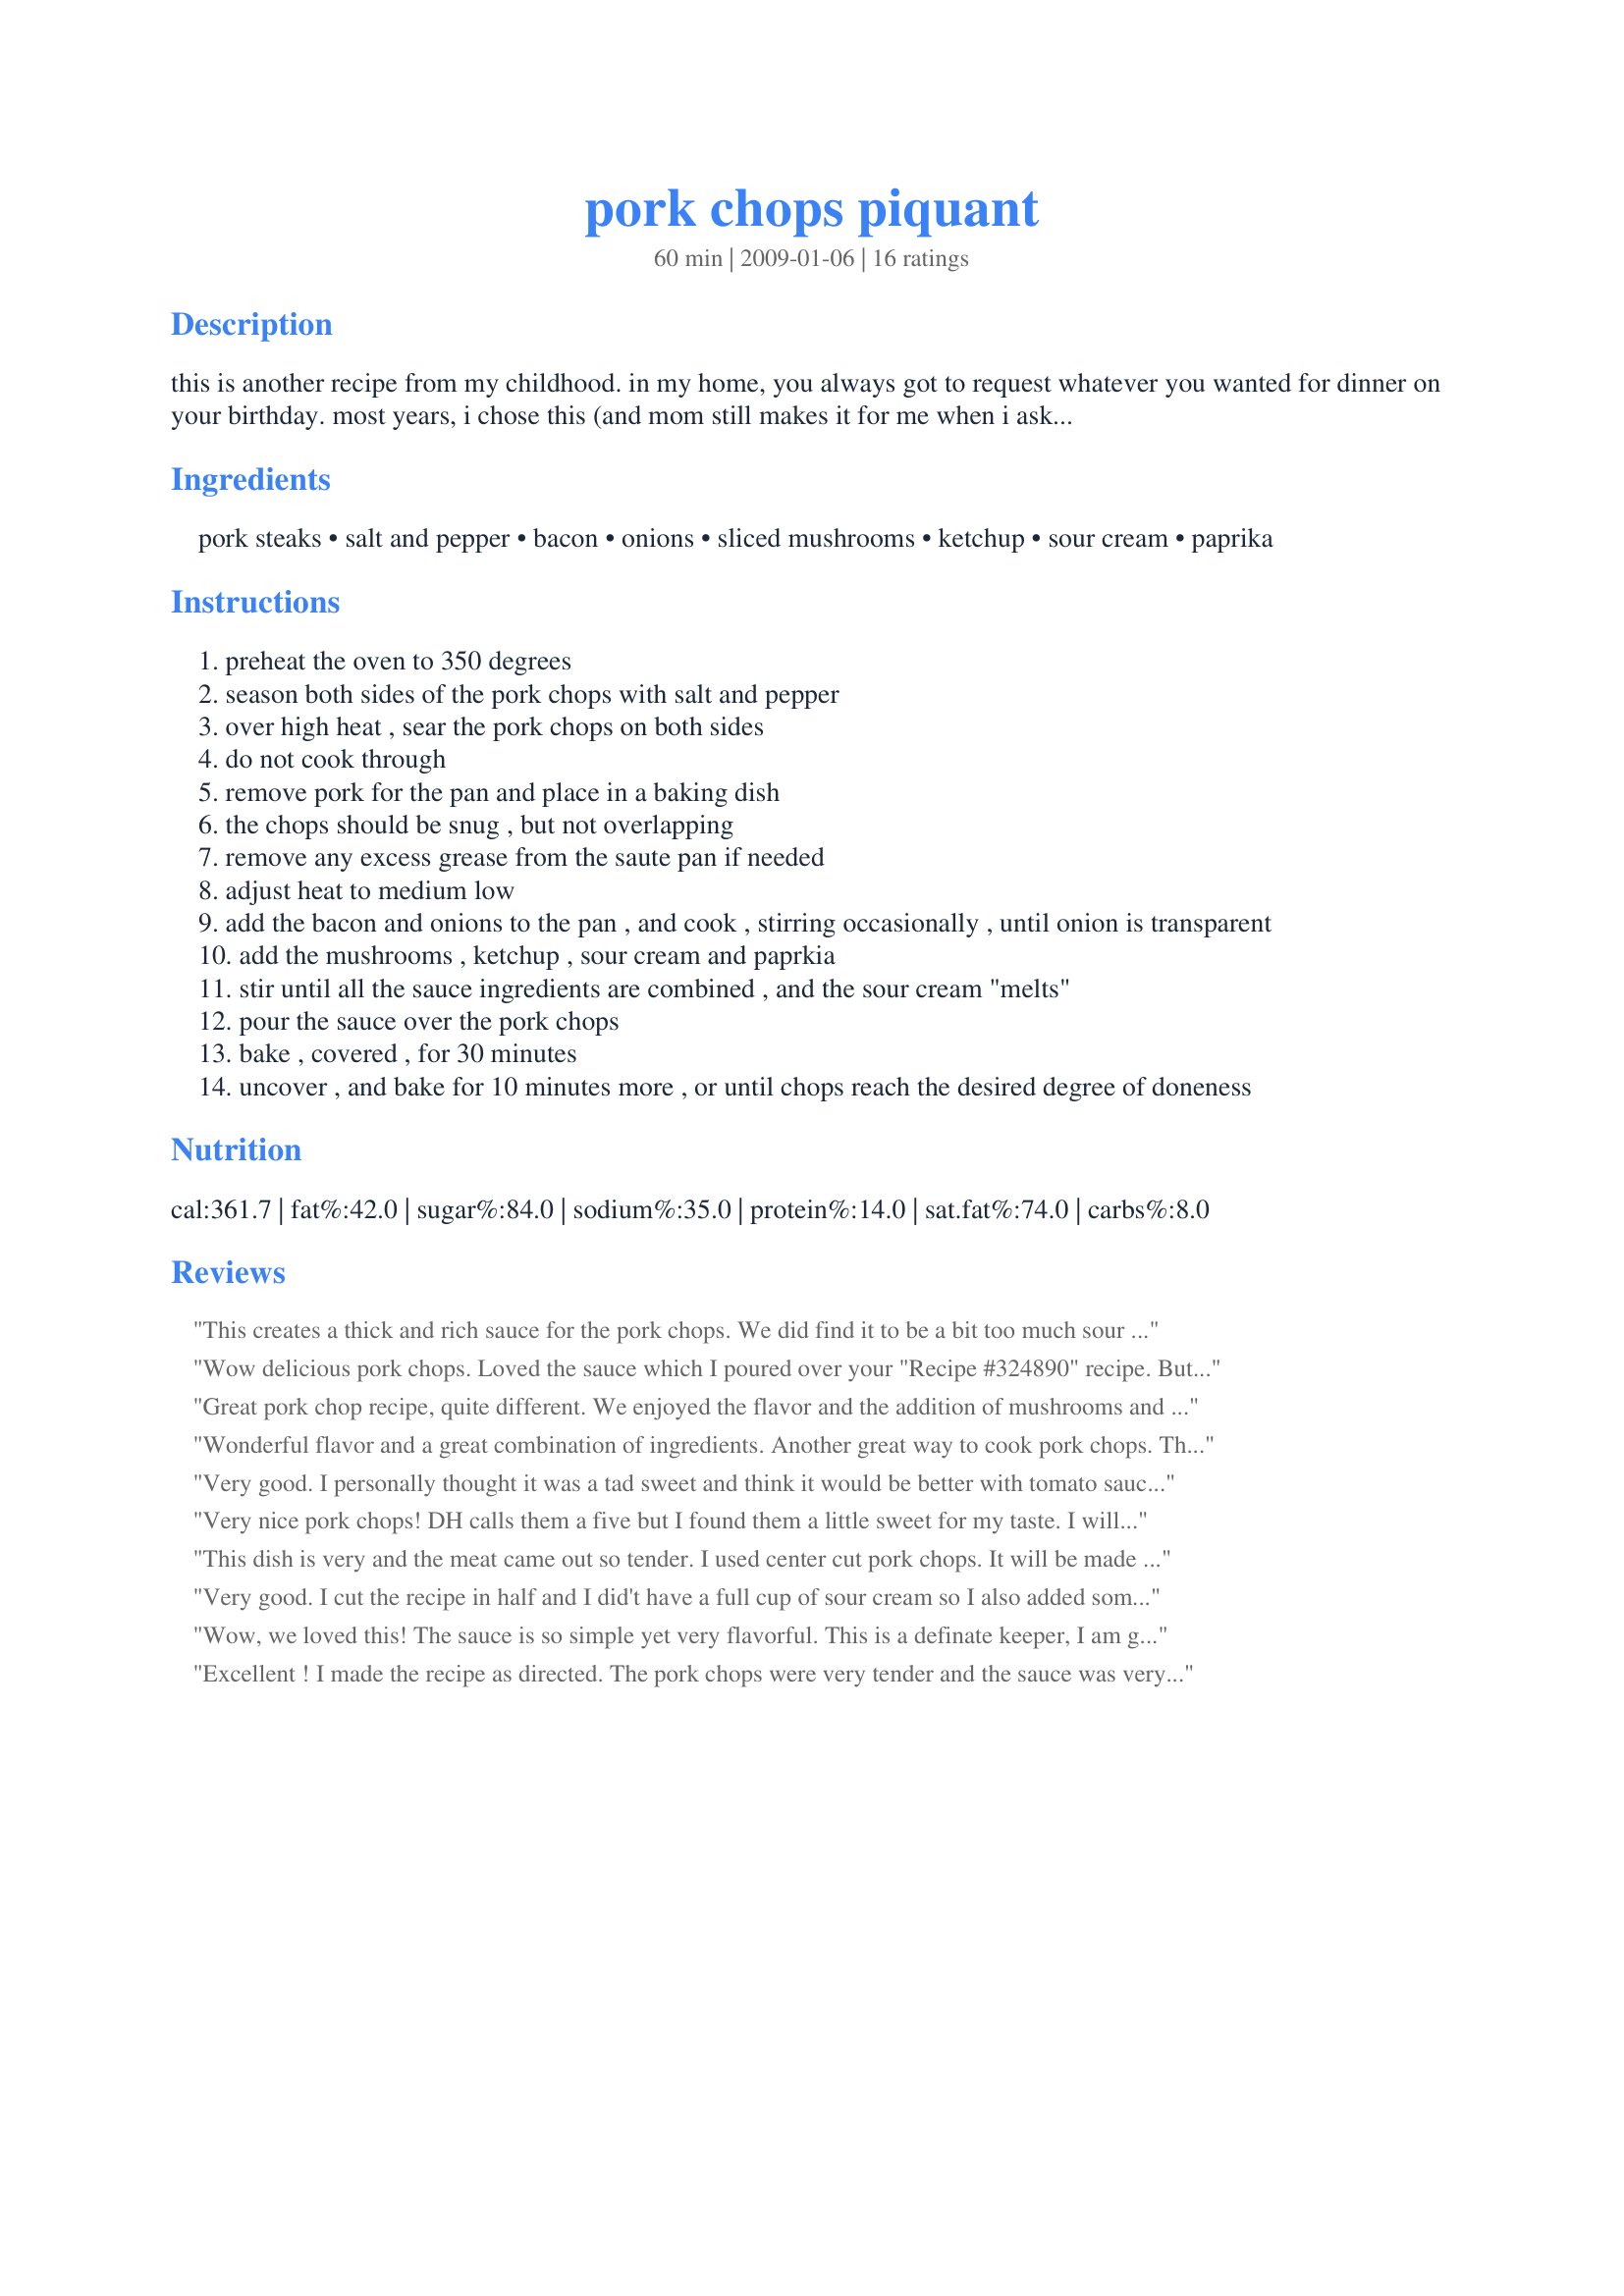
pork chops piquant
Preparation time: 60 minutes

this is another recipe from my childhood. in my home, you always got to request whatever you wanted for dinner on your birthday. most years, i chose this (and mom still makes it for me when i ask!). this is a great baked pork chop dish, the sauce keeps the chops from getting dry, and is wonderful to top a side of rice. feel free to increase the amount of sauce, it's the best part. don't feel that you need to use the high end center cut chops for this dish, it's a great way to use the less expensive "pork steak" cuts. if you prefer to use fresh mushrooms, add a pint of sliced mushrooms with the bacon and onions.

Ingredients:
pork steaks, salt and pepper, bacon, onions, sliced mushrooms, ketchup, sour cream, paprika

Steps:
preheat the oven to 350 degrees
season both sides of the pork chops with salt and pepper
over high heat , sear the pork chops on both sides
do not cook through
remove pork for the pan and place in a baking dish
the chops should be snug , but not overlapping
remove any excess grease from the saute pan if needed
adjust heat to medium low
add the bacon and onions to the pan , and cook , stirring occasionally , until onion is transparent
add the mushrooms , ketchup , sour cream and paprkia
stir until all the sauce ingredients are combined , and the sour cream "melts"
pour the sauce over the pork chops
bake , covered , for 30 minutes
uncover , and bake for 10 minutes more , or until chops reach the desired degree of doneness

Reviews:
This creates a thick and rich sauce for the pork chops. We did find it to be a bit too much sour cream for us but we still cleaned our plates! I used fresh mushrooms and as you suggested fried them with the bacon and onions. They were so good in this sauce. It worked well served over rice. Thanks for sharing your recipe. Made for ZWT - X-tra Hot Dishes.
Wow delicious pork chops. Loved the sauce which I poured over your "Recipe #324890" recipe. But next time I think I will make some spaghatti to go with it, bet it will be delish. Made for Fall PAC 09
Great pork chop recipe, quite different. We enjoyed the flavor and the addition of mushrooms and bacon. Made for ZWT6
Wonderful flavor and a great combination of ingredients. Another great way to cook pork chops. The sauce would be good over pasta. Thanks! Made for SSaSSy's ZWT 6
Very good. I personally thought it was a tad sweet and think it would be better with tomato sauce instead of ketchup but I was outvoted and told if I made it again not to change it.
Very nice pork chops! DH calls them a five but I found them a little sweet for my taste. I will definitely make them again but I think I would sub some of the ketchup for tomato paste or sauce to reduce the sugar a bit. I had fresh mushrooms so sauteed them with the onions and bacon, otherwise made as directed. Thanks so much for sharing this recipe. Made for The Bistro Babes - ZWT 8
This dish is very and the meat came out so tender. I used center cut pork chops. It will be made again. Made for 123 Hit Wonders.
Very good. I cut the recipe in half and I did't have a full cup of sour cream so I also added some mayo. Turned out great!
Wow, we loved this! The sauce is so simple yet very flavorful. This is a definate keeper, I am going to have my parents over soon and plan to make this. I know they will LOVE it!!! Made for PAC 2009
Excellent ! I made the recipe as directed. The pork chops were very tender and the sauce was very enjoyable.
Although there were jokes about "special (fry) sauce" when this was going into the oven, it really is pretty special coming out, and our crew wolfed this down enthusiastically. It's tough to photograph; you can't see the meat in the sauce! But that is the best part anyway. Made for PRMR, Feb. 2009.
Just noticed that my review didn't 'stick' for this one. :roll: I made this as directed other than I sauteed some fresh mushrooms rather than using canned. A really nice flavor and the sauce was great over mashed potatoes as well. Thanks Ingrid for a nice keeper. Made for ZWT8 - Great Britain.
Pork chops are DH&#039;s favorite food group and this really hit the spot. The meat was well seasoned and very tender. Made a great meal served with recipe #427587 and recipe #304010 for a wonderful meal. Made for ZWT9.
DH cooked these up for the family and they were very well received. We were a little skeptical about the amount of ketchup but once it was all cooked up the sauce was delicious. My picky eater had, not just 2nds, but finished mine as well (we used pork steak so they were quite big). Served the pork with Recipe #426510. I had the sauce on the pancakes as a light lunch the next day and they paired very nicely :). Thanks for a keeper recipe, IngridH ! Made during ZWT#9 for my team, Tasty Testers :)
Loved the sauce....It was one of the best pork chop recipes I have tried...
I made half the recipe since I only had 3 medium-sized pork chops. Was very flavorful and the sauce was really good with the bacon, onions and mushrooms. DH said he would eat this again; but leave out the mushrooms! :). Made for ZWT8.
